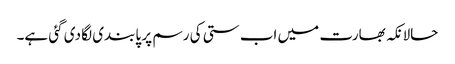
حالانکہ بھارت میں اب ستی کی رسم پر پابندی لگا دی گئی ہے۔